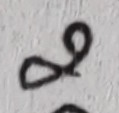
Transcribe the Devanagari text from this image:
९